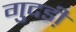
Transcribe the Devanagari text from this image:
गुदडी़